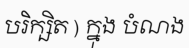
បរិក្ឞិត ) ក្នុង បំណង